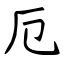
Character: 厄